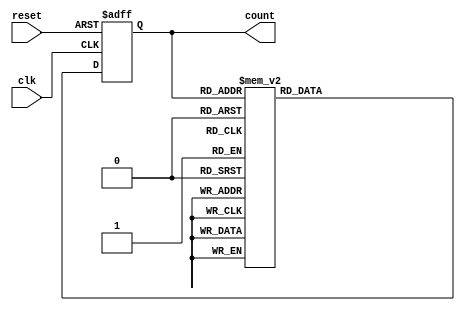
module gray_code_counter (
  input wire clk,  // Clock input
  input wire reset,  // Reset input
  output reg [3:0] count  // Output count value in Gray code format
);

reg [3:0] next_count;  // Next count value

always @(posedge clk or posedge reset) begin
  if (reset) begin
    count <= 4'b0000;  // Initialize count value to 0
  end else begin
    count <= next_count;  // Update count value
  end
end

always @(*) begin
  case(count)
    4'b0000: next_count = 4'b0001;  // Gray code sequence
    4'b0001: next_count = 4'b0011;
    4'b0011: next_count = 4'b0010;
    4'b0010: next_count = 4'b0110;
    4'b0110: next_count = 4'b0111;
    4'b0111: next_count = 4'b0101;
    4'b0101: next_count = 4'b0100;
    4'b0100: next_count = 4'b1100;
    4'b1100: next_count = 4'b1101;
    4'b1101: next_count = 4'b1111;
    4'b1111: next_count = 4'b1110;
    default: next_count = 4'b0000;
  endcase
end

endmodule